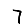
Digit: 7